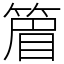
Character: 篃